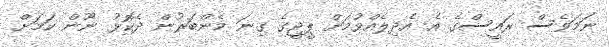
ނަމަވެސް ރައީސްގެ އެ އެދިލެއްވުމަށް ޕީޖީގެ ގިނަ މެންބަރުން ދެކޮޅު ނޫން ކަމަށް